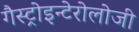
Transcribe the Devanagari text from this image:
गैस्ट्रोइन्टेरोलोजी